Regulations for the medical services of the Army of India
Year: 1930
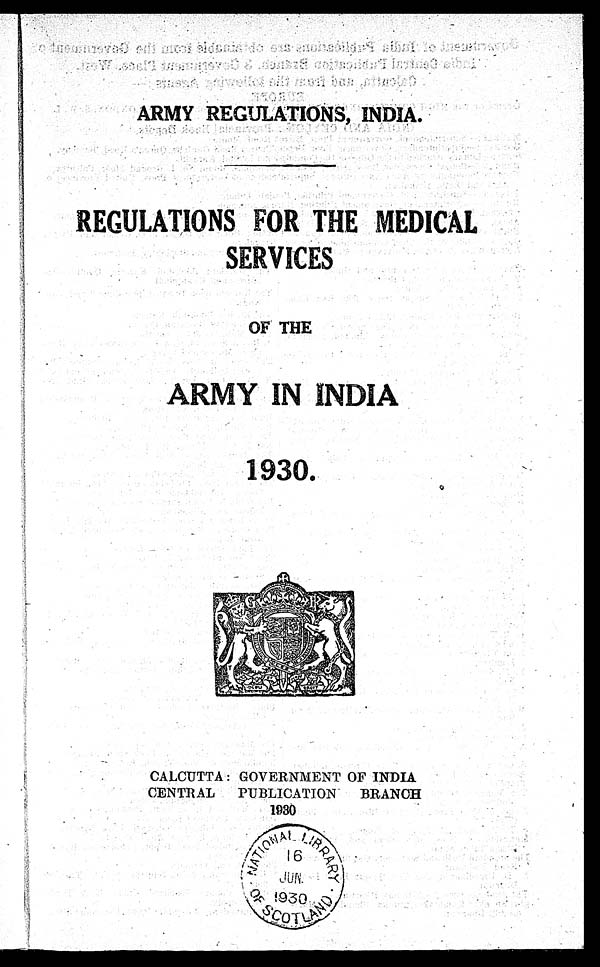
ARMY REGULATIONS, INDIA.
REGULATIONS FOR THE MEDICAL
SERVICES
OF THE
ARMY IN INDIA
1930.
CALCUTTA : GOVERNMENT OF INDIA
CENTRAL PUBLICATION BRANCH
1930